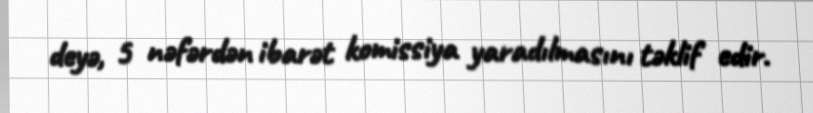
deyə, 5 nəfərdən ibarət komissiya yaradılmasını təklif edir.